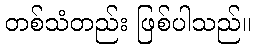
တစ်သံတည်း ဖြစ်ပါသည်။